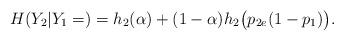
LaTeX: \begin{align*}H(Y_2|Y_1=)=h_2(\alpha)+(1-\alpha)h_2\big(p_{2e}(1-p_1)\big).\end{align*}